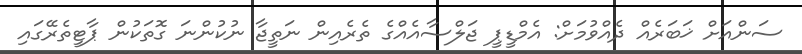
ސަންއަށް ޚަބަރެއް ދެއްވުމަށް: އެމްޑީޕީ ޖަލްސާއެއްގެ ތެރެއިން ނަތީޖާ ނުކުންނަ ގޮތަކުން ޕާޓީތެރޭގައި